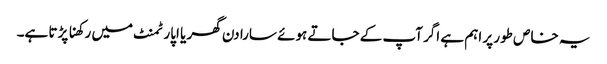
یہ خاص طور پر اہم ہے اگر آپ کے جاتے ہوئے سارا دن گھر یا اپارٹمنٹ میں رکھنا پڑتا ہے۔